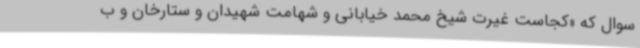
سوال که «کجاست غیرت شیخ محمد خیابانی و شهامت شهیدان و ستارخان و ب